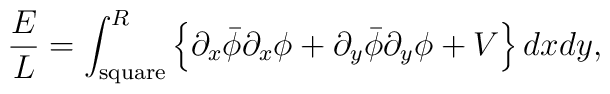
\frac{E}{L}= \int_{\rm{square}}^{R} \left\{ \partial_x\bar\phi \partial_x\phi+ \partial_y\bar\phi \partial_y\phi + V  \right\} dx dy,